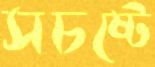
সচষ্টে